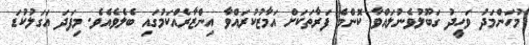
މުހަންމަދު ވަހީދު ގަބޫލުވެނުލައްވާ ކޮންމެ ފަރާތަކަށް އަމާޒުކުރައްވާ އިންޒާރެއްކަމުގައި ބެލެވެއެވެ. މިފަދަ އަގަލުކުޑަ